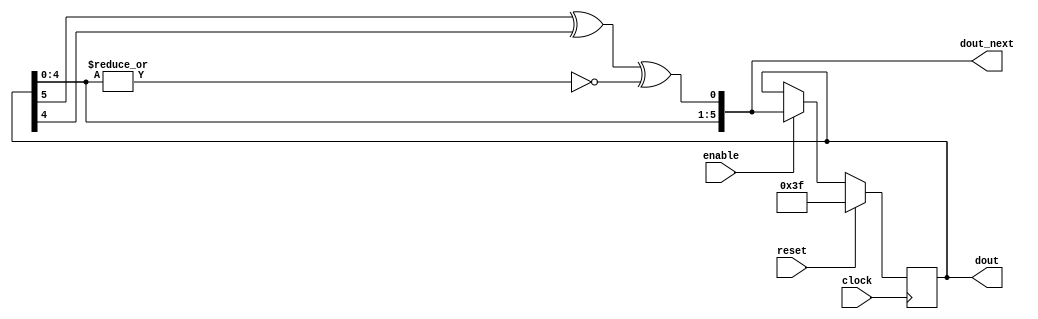
`timescale 1ns / 1ps
/* LFSR3_9.v
 * Linear Feedback Shift Register (any length between 3 to 9 bits)
 */
module LFSR3_9(
    clock,
    reset,
    enable,
    dout,
    dout_next
);
    parameter LENGTH = 6;
    parameter FULL_CYCLE = 1;
    
    input                   clock;
    input                   reset;
    input                   enable;
    output    [LENGTH-1: 0] dout;
    output    [LENGTH-1: 0] dout_next;
    
    // Shift register
    reg       [LENGTH-1: 0] dout;
    
    // Feedback signal
    wire                    din;
    wire                    lockup;

    // Output
    assign dout_next = {dout[LENGTH-2:0], din};
    
    // Maximal period
    generate
        if (LENGTH == 3 || LENGTH == 4 || LENGTH == 6 || LENGTH == 7)
            assign din = dout[LENGTH-1] ^ dout[LENGTH-2] ^ lockup;
        else if (LENGTH == 5)
            assign din = dout[4] ^ dout[2] ^ lockup;
        else if (LENGTH == 8)
            assign din = dout[7] ^ dout[5] ^ dout[4] ^ dout[3] ^ lockup;
        else if (LENGTH == 9)
            assign din = dout[8] ^ dout[4] ^ lockup;
        else
        begin
            //$display ("LFSR Error: Don't know what to do with length %d", LENGTH);
            assign din = dout[0];
        end
        
        // Lock-up state detection
        if (FULL_CYCLE == 1)
            assign lockup = ~|(dout[LENGTH-2:0]);
        else
            assign lockup = 1'b0;
    endgenerate
   
    always @(posedge clock)
    begin
        if (reset)
            dout <= {(LENGTH){1'b1}};
        else if (enable)
            dout <= dout_next;
    end
endmodule